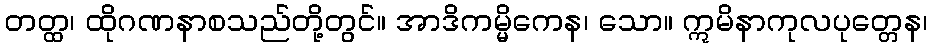
တတ္ထ၊ ထိုဂဏနာစသည်တို့တွင်။ အာဒိကမ္မိကေန၊ သော။ ဣမိနာကုလပုတ္တေန၊